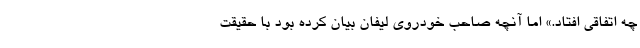
چه اتفاقی افتاد.» اما آنچه صاحب خودروی لیفان بیان کرده بود با حقیقت